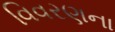
વિવરણના